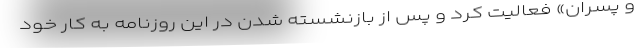
و پسران» فعالیت کرد و پس از بازنشسته شدن در این روزنامه به کار خود